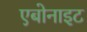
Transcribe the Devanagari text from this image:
एबोनाइट